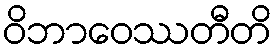
ဝိဘာဝေဿတီတိ